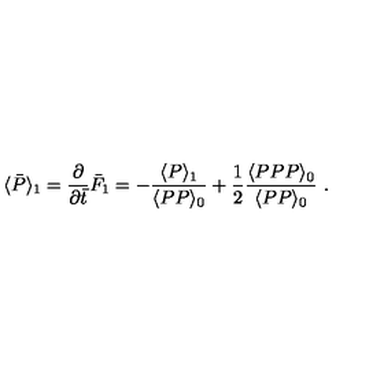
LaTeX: \langle \bar { P } \rangle _ { 1 } = { \frac { \partial } { \partial \bar { t } } } \bar { F } _ { 1 } = - { \frac { \langle P \rangle _ { 1 } } { \langle P P \rangle _ { 0 } } } + { \frac { 1 } { 2 } } { \frac { \langle P P P \rangle _ { 0 } } { \langle P P \rangle _ { 0 } } } \ .